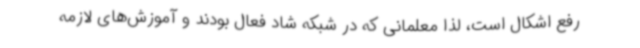
رفع اشکال است، لذا معلمانی که در شبکه شاد فعال بودند و آموزش‌های لازمه